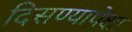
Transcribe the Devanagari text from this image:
दिसण्यापेक्षा